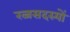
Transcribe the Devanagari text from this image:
रत्नसदस्यों